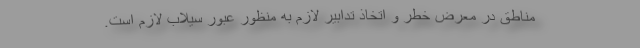
مناطق در معرض خطر و اتخاذ تدابیر لازم به منظور عبور سیلاب لازم است.